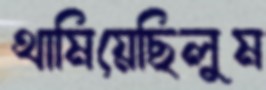
থামিয়েছিলুম